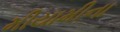
મીયામીના